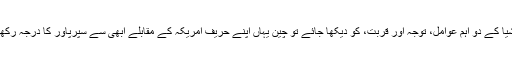
اگر ایشیا کے دو اہم عوامل، توجہ اور قربت، کو دیکھا جائے تو چین یہاں اپنے حریف امریکہ کے مقابلے ابھی سے سپرپاور کا درجہ رکھتا ہے۔